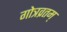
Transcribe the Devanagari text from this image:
गोत्रव्रतम्